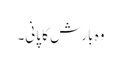
وہ بارش کا پانی۔